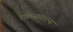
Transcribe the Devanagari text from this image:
एक्स्सिताशन्स